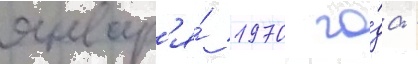
январ'я́ 1970 го́да -